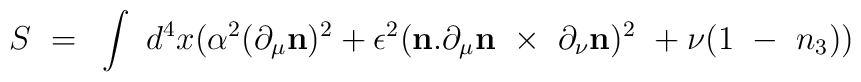
S~=~\int~d^4x ({\alpha^2} (\partial_\mu {\bf n})^2 + \epsilon^2({\bf n}.\partial_\mu {\bf n}~\times~ \partial_\nu {\bf n})^2~+\nu (1~-~n_3))